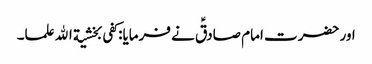
اور حضرت امام صادقؑ نے فرمایا:کفی بخشیة الله علما۔